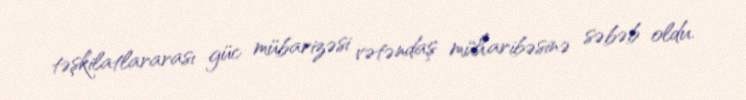
təşkilatlararası güc mübarizəsi vətəndaş müharibəsinə səbəb oldu.